Indian journal of veterinary science and animal husbandry - Volume 6,
Year: 1936
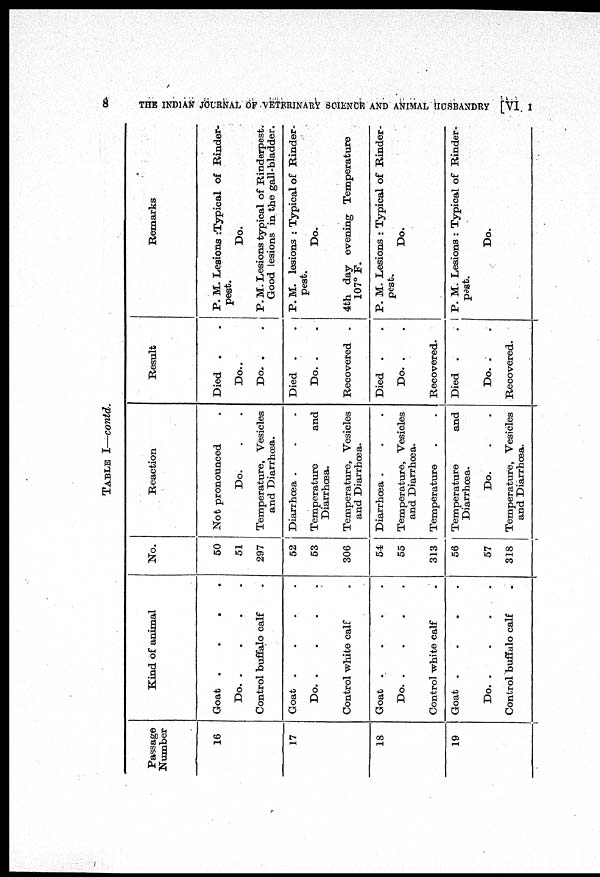
8
THE INDIAN JOURNAL OF VETERINARY SCIENCE AND ANIMAL HUSBANDRY [VI
I
TABLE I—contd.
Passage
Number
16
17
18
19
Kind of animal
Goat
.
.
.
.
Do.
.
.
.
.
Control buffalo calf .
Goat
.
.
.
.
Do.
.
.
.
.
Control white calf .
Goat
.
.
.
.
Do.
.
.
.
.
Control white calf .
Goat
.
.
.
.
Do.
.
.
.
.
Control buffalo calf .
No.
50
51
297
52
53
306
54
55
313
56
57
318
Reaction
Not pronounced .
Do. . .
Temperature, Vesicles
and Diarrhœa.
Diarrhœa . . .
Temperature
and
Diarrhœa.
Temperature, Vesicles
and Diarrhœa.
Diarrhœa . . .
Temperature, Vesicles
and Diarrhœa.
Temperature . .
Temperature
and
Diarrhœa.
Do. . .
Temperature, Vesicles
and Diarrhœa.
Result
Died . .
Do. .
Do. . .
Died . .
Do. . .
Recovered .
Died . .
Do. . .
Recovered.
Died . .
Do. . .
Recovered.
Remarks
P. M. Lesions :Typical of Rinder-
pest.
Do.
P. M. Lesions typical of Rinderpest.
Good lesions in the gall-bladder.
P. M. lesions : Typical of Rinder-
pest.
Do.
4th day evening Temperature
107° F.
P. M. Lesions : Typical of Rinder-
pest.
Do.
P. M. Lesions : Typical of Rinder-
pest.
Do.